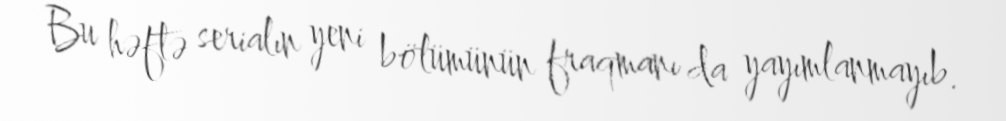
Bu həftə serialın yeni bölümünün fraqmanı da yayımlanmayıb.